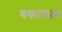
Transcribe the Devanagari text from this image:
वकालात